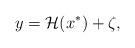
LaTeX: \begin{align*} y = \mathcal{H}(x^*) + \zeta,\end{align*}